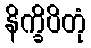
နိက္ခိပိတုံ